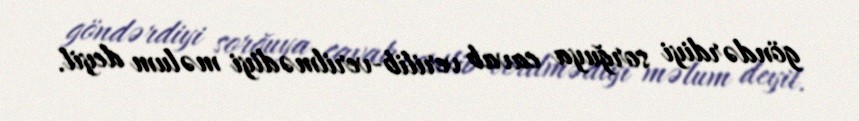
göndərdiyi sorğuya cavab verilib-verilmədiyi məlum deyil.